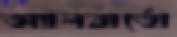
অ্যালবার্তো